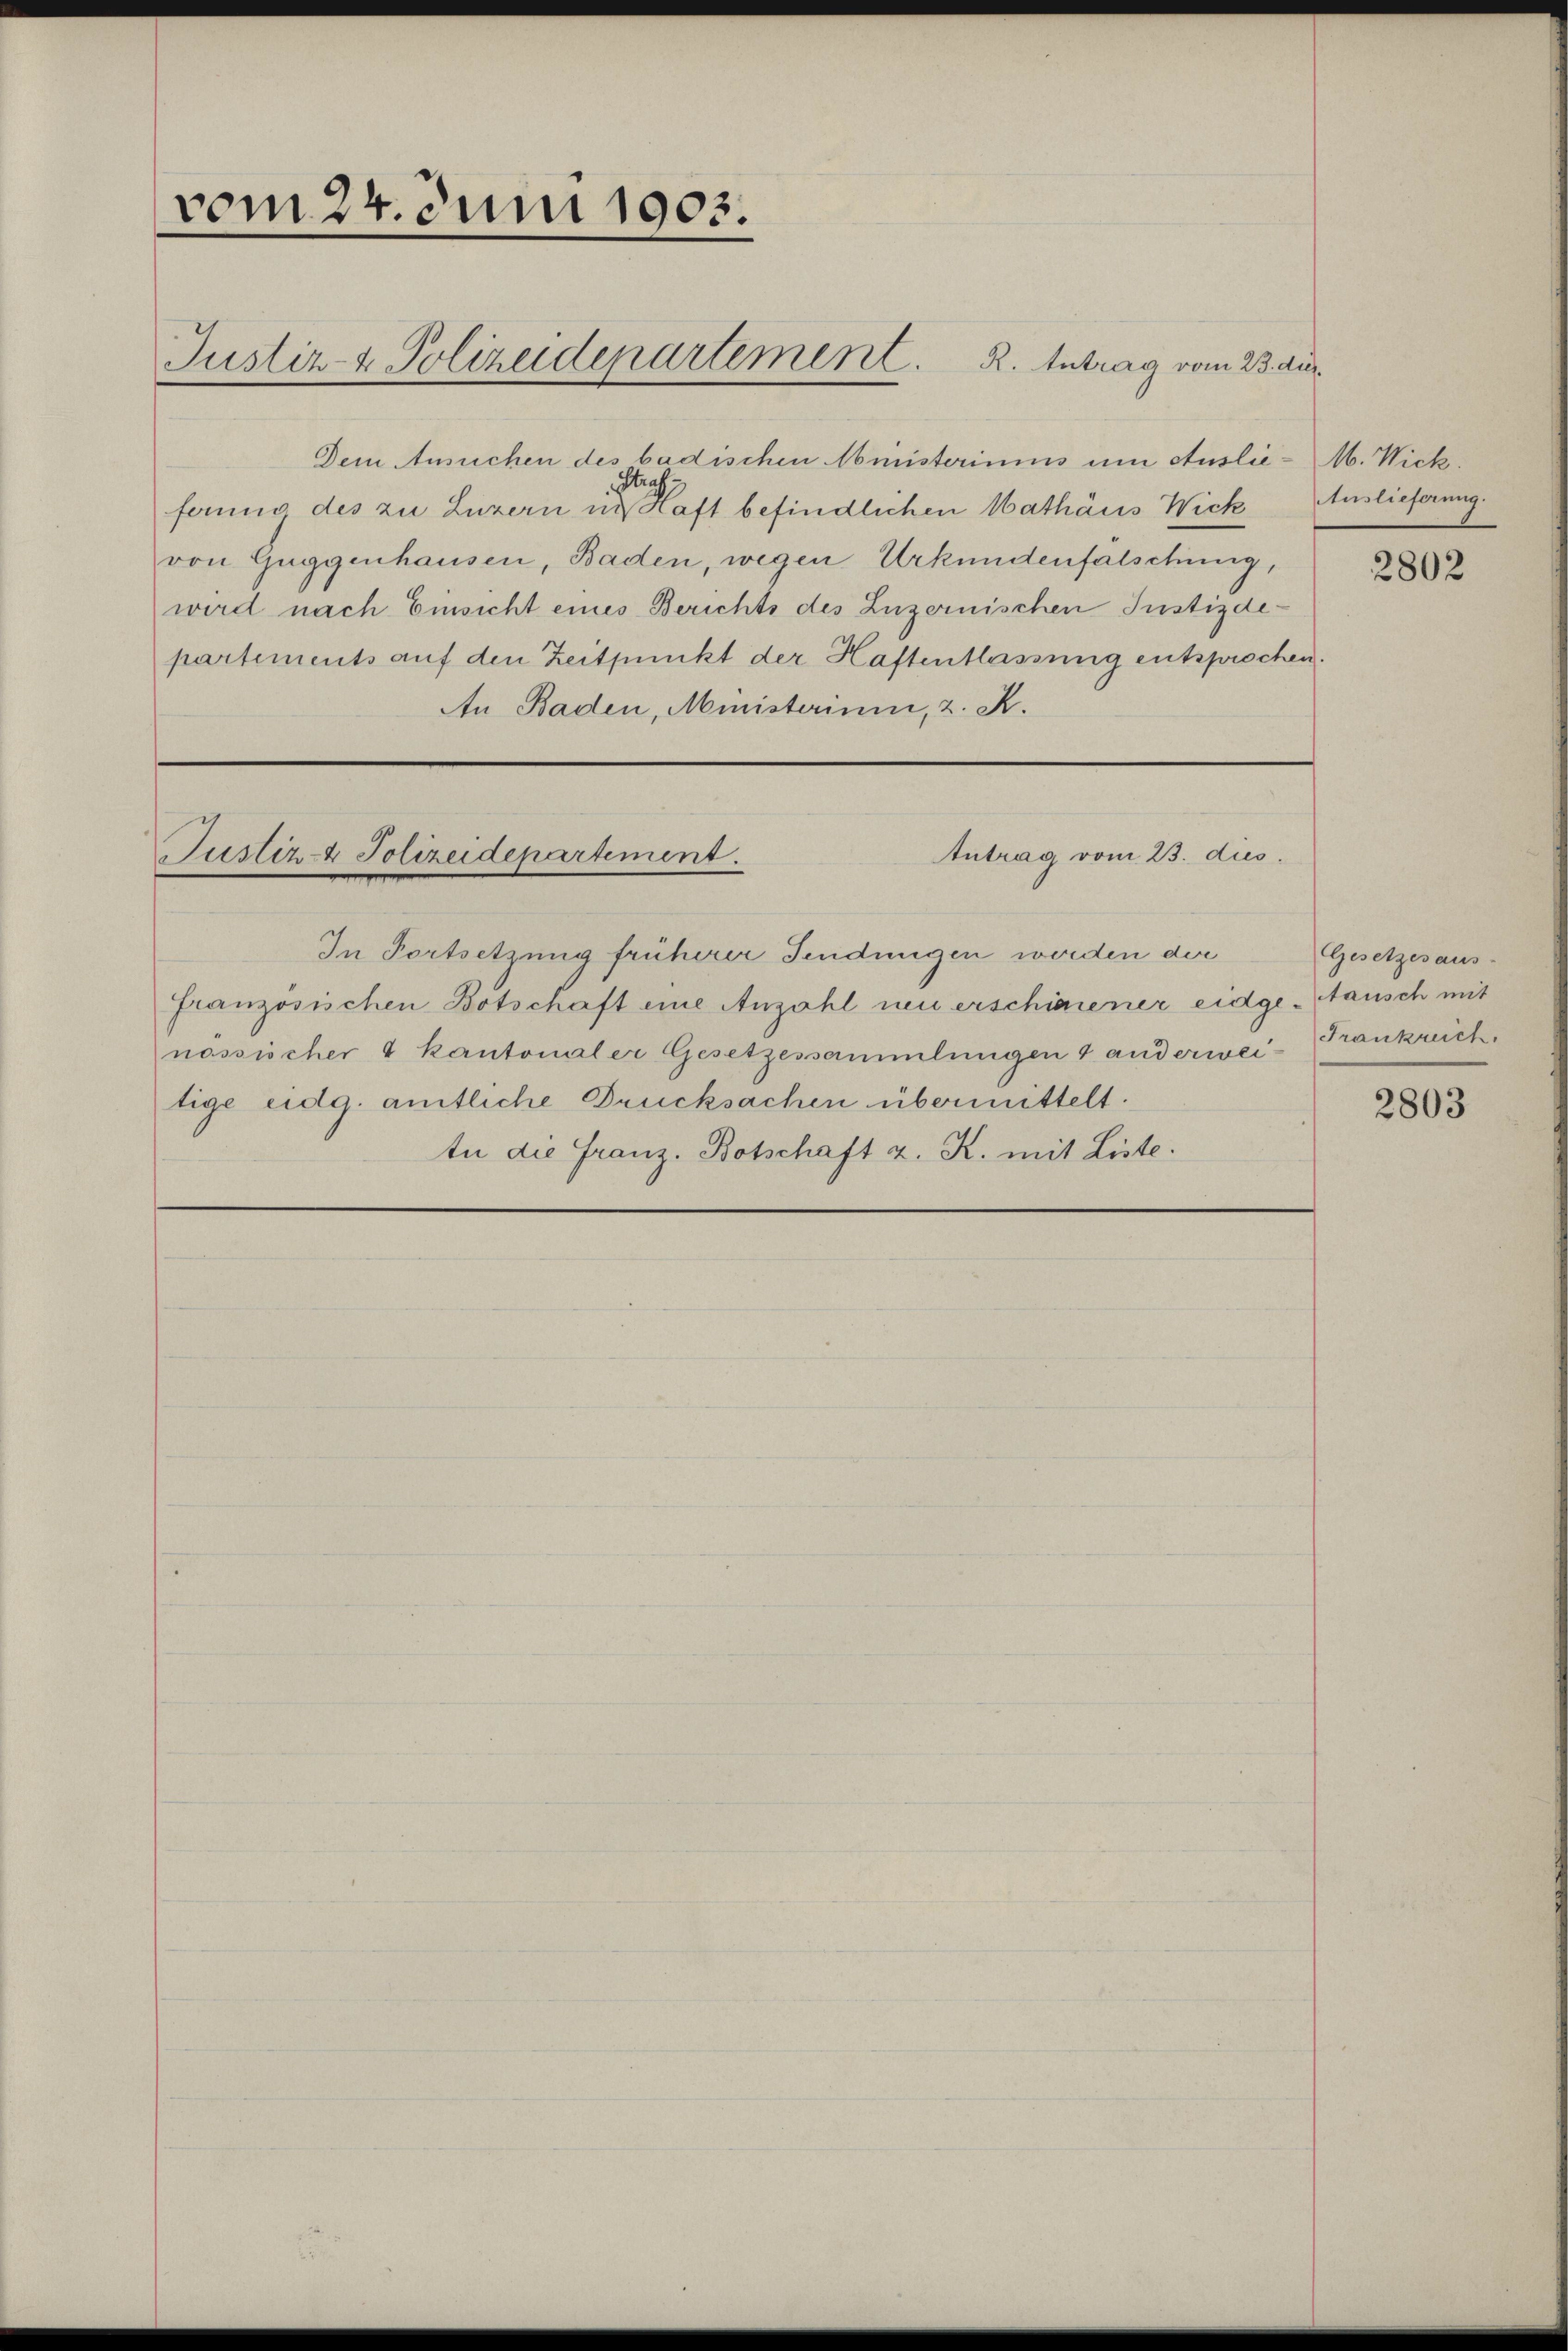
vom 24. Juni 1903.

Justiz- & Polizeidepartement. R. Antrag vom 23. Aug.

Dem Ansuchen des badischen Abinisteriums um Auslie-M. Wickferung des zu Luzern in der Haft befindlichen Mathäus Wick Auslieferung.
von Guggenhausen, Baden, wegen Urkundenfalschung,
wird nach Einsicht eines Berichts des Luzernischen Justizdepartements auf den Zeitpunkt der Haftentlassung entsprochen.
An Baden, Ministerium, z. K.

Justiz- & Polizeidepartement.

In Fortsetzung früherer Fendungen worden der
französischen Botschaft eine Anzahl neu erschienener eidge-ausch mit
nössischer 4 kantonaler Gesetzessammlungen 4 anderweitige eidg. amtliche Drucksachen übermittelt.
te die Franz- Botschaft z. K. mit Liste.

Antrag vom 23. dies

2802

Gesetzes aus-
Frankreich

2803